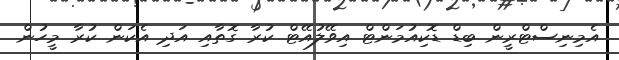
އެމިނިސްޓްރީން ބިޑް ޑޮކިއުމަންޓް އިވޭލުއޭޓް ކުރާ ގޮތާއި އަދި އެކަން ކުރާ މީހުން